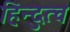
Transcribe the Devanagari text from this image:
हिन्‍दुत्‍व